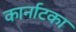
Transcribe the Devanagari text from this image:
कार्नाटका